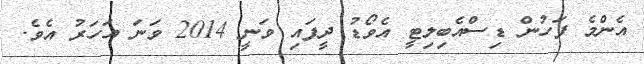
އެންމެ ފަހުން ޑިސްއެބިލިޓީ އެވޯޑު ދީފައި ވަނީ 2014 ވަނަ އަހަރު އެވެ.